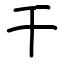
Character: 干